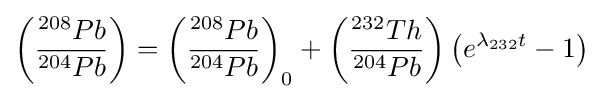
\left({\frac {^{208}Pb}{^{204}Pb}}\right)=\left({\frac {^{208}Pb}{^{204}Pb}}\right)_{0}+\left({\frac {^{232}Th}{^{204}Pb}}\right){\bigl (}e^{\lambda _{232}t}-1{\bigr )}